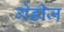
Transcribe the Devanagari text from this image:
गेडीज